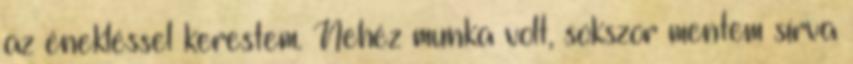
az énekléssel kerestem. Nehéz munka volt, sokszor mentem sírva